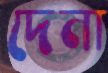
দেনা